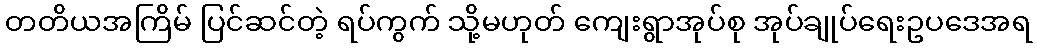
တတိယအကြိမ် ပြင်ဆင်တဲ့ ရပ်ကွက် သို့မဟုတ် ကျေးရွာအုပ်စု အုပ်ချုပ်ရေးဥပဒေအရ